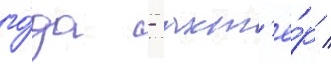
го́да - акт'ё́р /